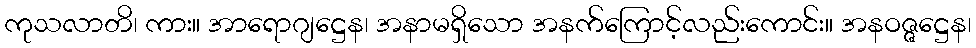
ကုသလာတိ၊ ကား။ အာရောဂျဋ္ဌေန၊ အနာမရှိသော အနက်ကြောင့်လည်းကောင်း။ အနဝဇ္ဇဋ္ဌေန၊